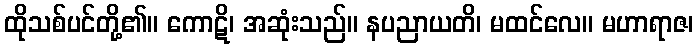
ထိုသစ်ပင်တို့၏။ ကောဋိ၊ အဆုံးသည်။ နပညာယတိ၊ မထင်လေ။ မဟာရာဇ၊